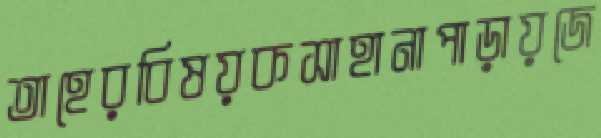
তাহেরবিষয়কসাহানাপাড়ায়জে